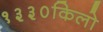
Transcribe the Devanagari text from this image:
१३३०किलो